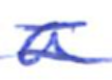
Text: a
Cross-out: double-line
Writing tool: ballpoint